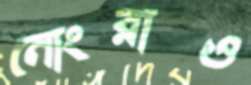
নোংরাও